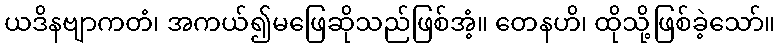
ယဒိနဗျာကတံ၊ အကယ်၍မဖြေဆိုသည်ဖြစ်အံ့။ တေနဟိ၊ ထိုသို့ဖြစ်ခဲ့သော်။